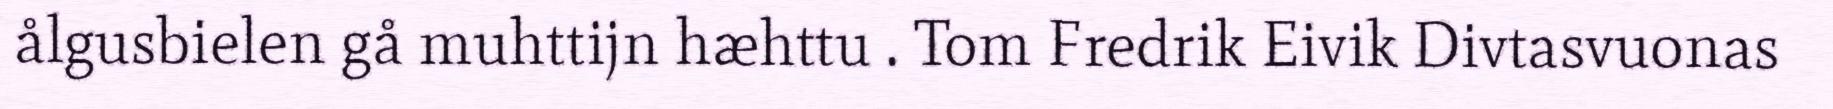
ålgusbielen gå muhttijn hæhttu . Tom Fredrik Eivik Divtasvuonas